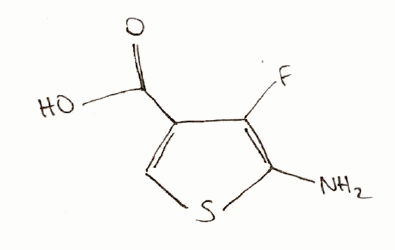
Simplified molecular-input line-entry system (SMILES) notation of the given molecule:
C1=C(C(=C(S1)N)F)C(=O)O